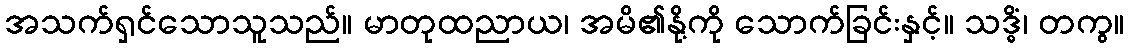
အသက်ရှင်သောသူသည်။ မာတုထညာယ၊ အမိ၏နို့ကို သောက်ခြင်းနှင့်။ သဒ္ဓိံ၊ တကွ။